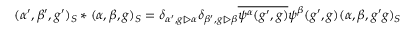
\begin{array} { r } { ( \alpha ^ { \prime } , \beta ^ { \prime } , g ^ { \prime } ) _ { S } \ast ( \alpha , \beta , g ) _ { S } = \delta _ { \alpha ^ { \prime } , g \triangleright \alpha } \delta _ { \beta ^ { \prime } , g \triangleright \beta } \overline { { \psi ^ { \alpha } ( g ^ { \prime } , g ) } } \psi ^ { \beta } ( g ^ { \prime } , g ) ( \alpha , \beta , g ^ { \prime } g ) _ { S } } \end{array}